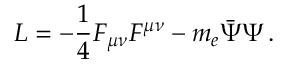
{ \cal L } = - \frac 1 4 F _ { \mu \nu } F ^ { \mu \nu } - m _ { e } \bar { \Psi } \Psi \, .